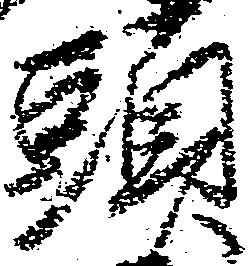
頭